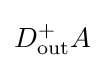
D_{\text{out}}^{+}A